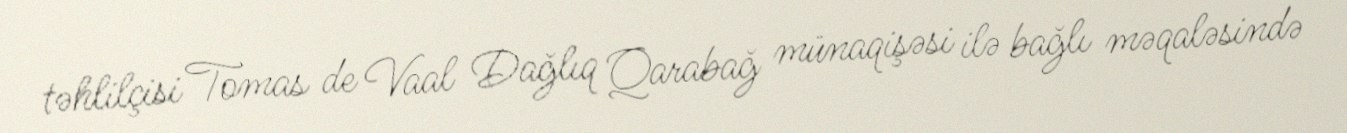
təhlilçisi Tomas de Vaal Dağlıq Qarabağ münaqişəsi ilə bağlı məqaləsində